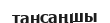
тансаңшы